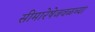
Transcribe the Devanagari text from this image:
सीमारेषेजवळच्या